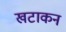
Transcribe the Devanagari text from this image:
खटाकन